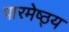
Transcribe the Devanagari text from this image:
पारमेष्ठ्य